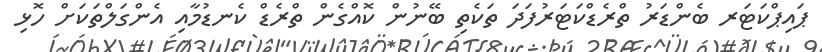
ޕައިޕްކަޓަރ ބެންޑަރު ތްރެޑްކަޓަރުފަދަ ތަކެތި ބޭނުން ކޮއްގެން ތްރެޑް ކެނޑުމާއި އެންގަލްތަކަށް ހޮޅި